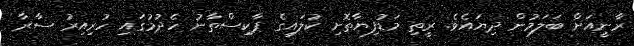
ރާނީއަށް ބަަލަމުން ދިޔައެވެ. ރީތި މަޑުފިޔާތޮށި ކުލައިގެ ޕާކިސްތާނު ހެދުމުގައި ހުރިއިރު ސާރާ